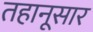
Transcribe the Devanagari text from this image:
तहानूसार